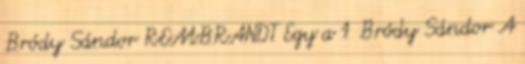
Bródy Sándor REMBRANDT Egy a 1 Bródy Sándor A